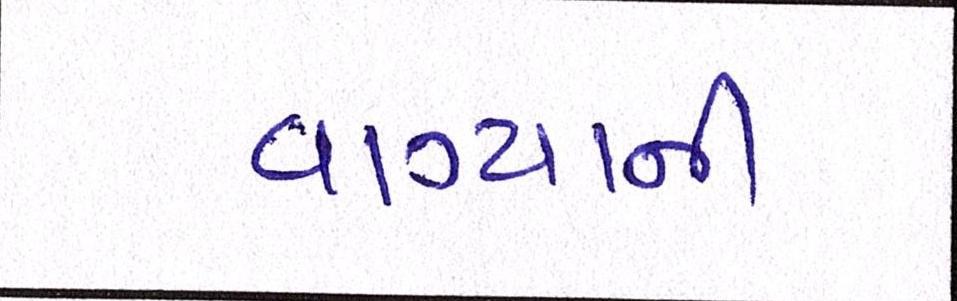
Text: વાગ્યાની